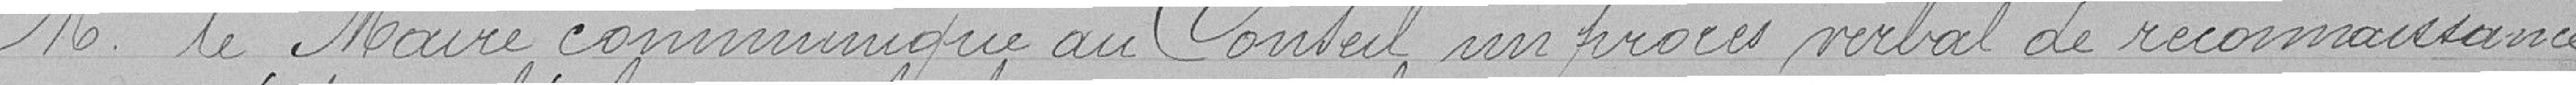
M. le Maire communique au Conseil un procès verbal de reconnaissance